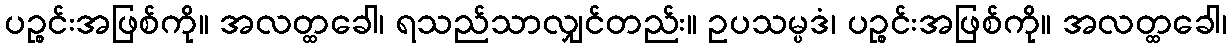
ပဉ္စင်းအဖြစ်ကို။ အလတ္ထခေါ၊ ရသည်သာလျှင်တည်း။ ဥပသမ္ပဒံ၊ ပဉ္စင်းအဖြစ်ကို။ အလတ္ထခေါ၊